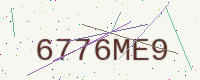
Text: 6776ME9